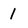
Character: 1